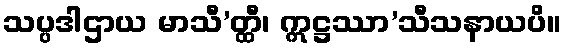
သပ္ပဒါဌာယ မာသီ’တ္ထီ၊ ဣဋ္ဌဿာ’သီသနာယပိ။